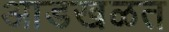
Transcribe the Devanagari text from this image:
आडखळत